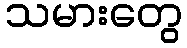
သမားတွေ